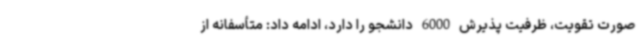
صورت تقویت، ظرفیت پذیرش 6000 دانشجو را دارد، ادامه داد: متأسفانه از